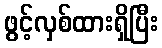
ဖွင့်လှစ်ထားရှိပြီး